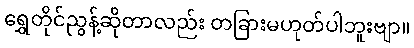
ရွှေတိုင်ညွန့်ဆိုတာလည်း တခြားမဟုတ်ပါဘူးဗျာ။